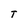
Character: T